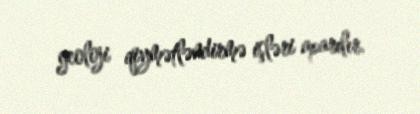
geoloji qiymətləndirmə işləri aparılır.